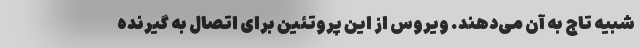
شبیه تاج به آن می‌دهند. ویروس از این پروتئین برای اتصال به گیرنده